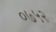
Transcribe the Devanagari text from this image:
०७५२